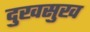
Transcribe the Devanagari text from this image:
दुखसुख